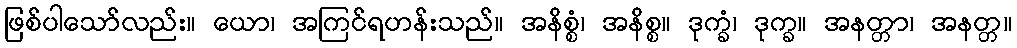
ဖြစ်ပါသော်လည်း။ ယော၊ အကြင်ရဟန်းသည်။ အနိစ္စံ၊ အနိစ္စ။ ဒုက္ခံ၊ ဒုက္ခ။ အနတ္တာ၊ အနတ္တ။